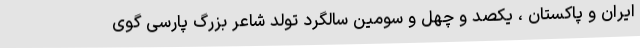
ایران و پاکستان ، یکصد و چهل و سومین سالگرد تولد شاعر بزرگ پارسی گوی